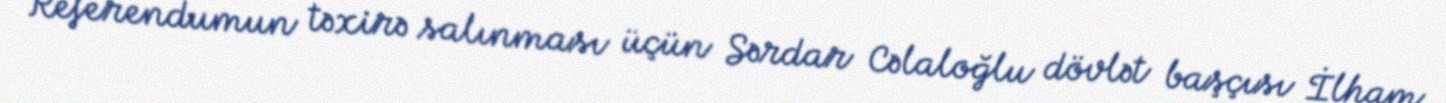
Referendumun təxirə salınması üçün Sərdar Cəlaloğlu dövlət başçısı İlham